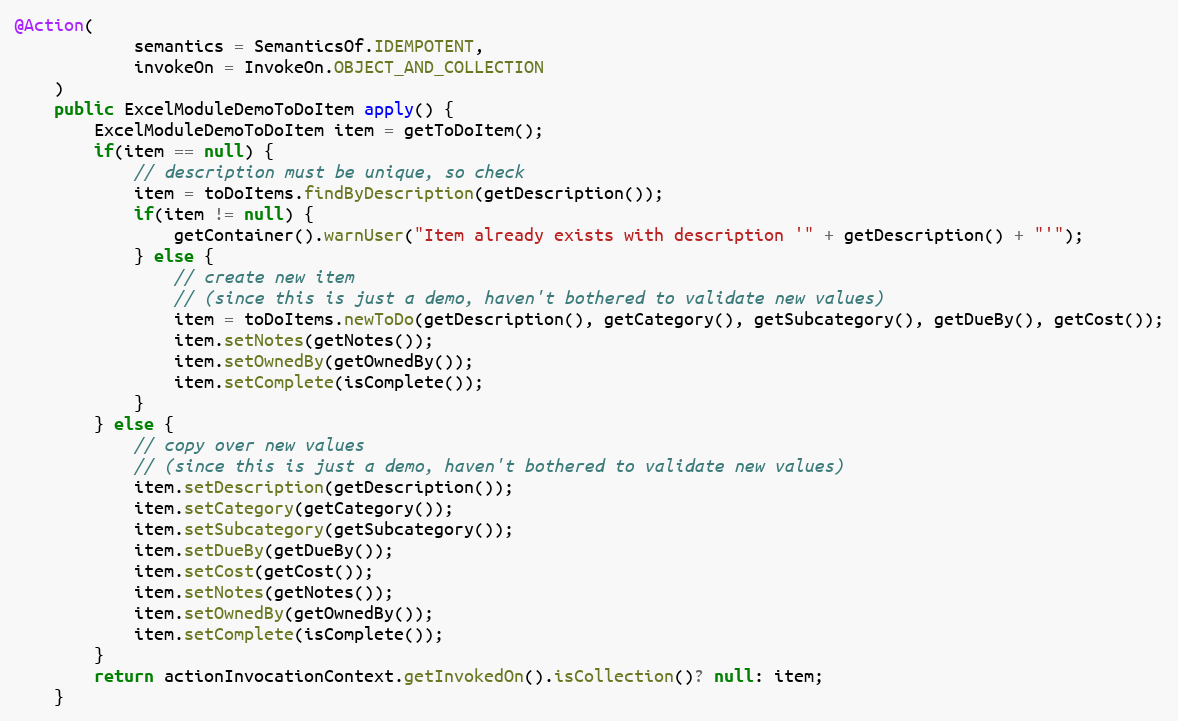
Language: Java
@Action(
            semantics = SemanticsOf.IDEMPOTENT,
            invokeOn = InvokeOn.OBJECT_AND_COLLECTION
    )
    public ExcelModuleDemoToDoItem apply() {
        ExcelModuleDemoToDoItem item = getToDoItem();
        if(item == null) {
            // description must be unique, so check
            item = toDoItems.findByDescription(getDescription());
            if(item != null) {
                getContainer().warnUser("Item already exists with description '" + getDescription() + "'");
            } else {
                // create new item
                // (since this is just a demo, haven't bothered to validate new values)
                item = toDoItems.newToDo(getDescription(), getCategory(), getSubcategory(), getDueBy(), getCost());
                item.setNotes(getNotes());
                item.setOwnedBy(getOwnedBy());
                item.setComplete(isComplete());
            }
        } else {
            // copy over new values
            // (since this is just a demo, haven't bothered to validate new values)
            item.setDescription(getDescription());
            item.setCategory(getCategory());
            item.setSubcategory(getSubcategory());
            item.setDueBy(getDueBy());
            item.setCost(getCost());
            item.setNotes(getNotes());
            item.setOwnedBy(getOwnedBy());
            item.setComplete(isComplete());
        }
        return actionInvocationContext.getInvokedOn().isCollection()? null: item;
    }